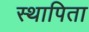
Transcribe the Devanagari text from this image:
स्थापिता